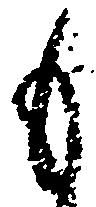
も